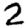
Digit: 2